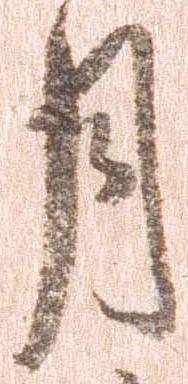
月